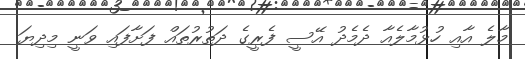
މާލެ އާއި ހުޅުމާލެއާ ދެމެދު އޭސީ ފެރީގެ ދަތުރުތައް ފަށާފައި ވަނީ މިދިޔަ